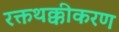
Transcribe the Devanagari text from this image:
रक्तथक्कीकरण